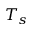
T _ { s }